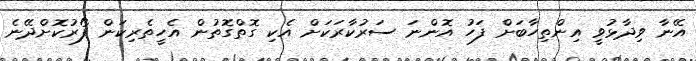
އޭނާ ވިދާޅުވީ އިންތިހާބަށް ފަހު އޮންނަ ސަރުކާރަކަށް އެކި ގޮތްގޮތުން އެހީތެރިކަން ފޯރުކޮށްދޭނެ